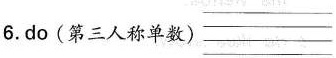
6.do(第三人称单数)___